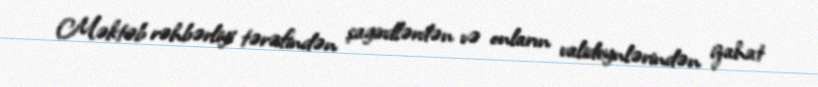
Məktəb rəhbərliyi tərəfindən şagirdlərdən və onların valideynlərindən izahat